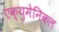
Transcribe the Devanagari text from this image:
एक्युमेनिकल